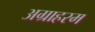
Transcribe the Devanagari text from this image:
अग्राहरम